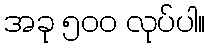
အခု ၅၀၀ လုပ်ပါ။